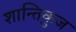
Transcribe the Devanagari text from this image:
शान्तिकुज